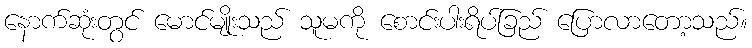
နောက်ဆုံးတွင် မောင်မျိုးသည် သူမကို စောင်းပါးရိပ်ခြည် ပြောလာတော့သည်။